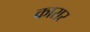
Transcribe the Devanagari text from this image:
कारार